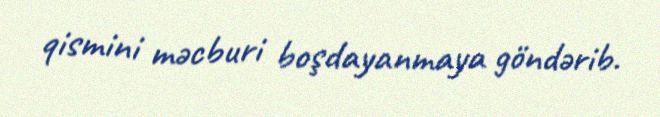
qismini məcburi boşdayanmaya göndərib.